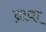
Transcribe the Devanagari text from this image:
द्रावा